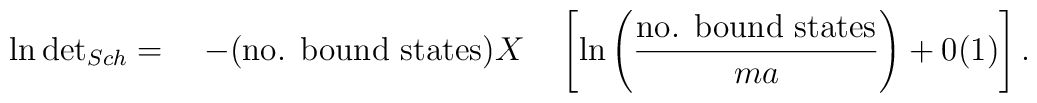
\ln \mbox{det}_{{Sch}} = \quad - (\mbox {no. bound states}) X \quad \left[\ln \left( \displaystyle\frac{\mbox {no. bound states}}{ma} \right) + 0(1) \right].